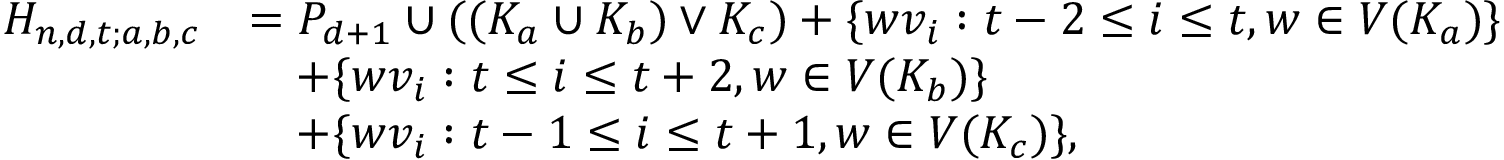
\begin{array} { r l } { H _ { n , d , t ; a , b , c } } & { = P _ { d + 1 } \cup ( ( K _ { a } \cup K _ { b } ) \vee K _ { c } ) + \{ w v _ { i } : t - 2 \le i \le t , w \in V ( K _ { a } ) \} } \\ & { \quad + \{ w v _ { i } : t \le i \le t + 2 , w \in V ( K _ { b } ) \} } \\ & { \quad + \{ w v _ { i } : t - 1 \le i \le t + 1 , w \in V ( K _ { c } ) \} , } \end{array}